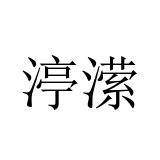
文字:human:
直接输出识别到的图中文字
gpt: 渟潆